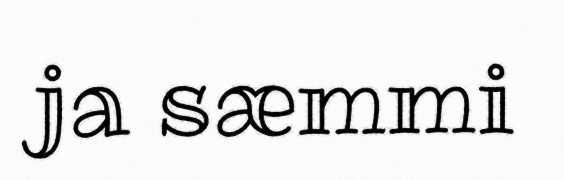
ja sæmmi